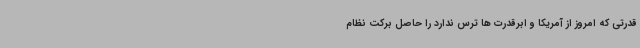
قدرتی که امروز از آمریکا و ابرقدرت ها ترس ندارد را حاصل برکت نظام